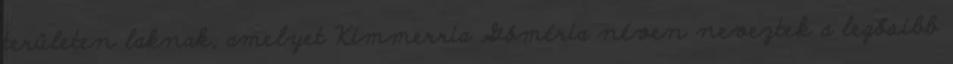
területen laknak, amelyet Kimmerria Góméria néven neveztek a legősibb